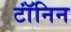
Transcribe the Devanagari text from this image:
टॉंनिन